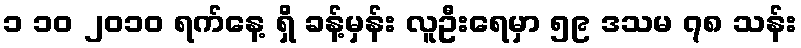
၁ ၁၀ ၂၀၁၀ ရက်နေ့ ရှိ ခန့်မှန်း လူဦးရေမှာ ၅၉ ဒသမ ၇၈ သန်း